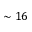
\sim 1 6